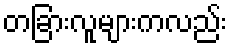
တခြားလူများကလည်း